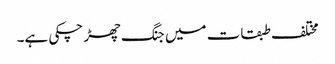
مختلف طبقات میں جنگ چھڑ چکی ہے۔